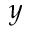
y